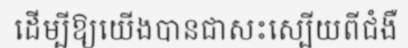
ដើម្បីឱ្យយើងបានជាសះស្បើយពីជំងឺ